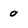
Character: 0